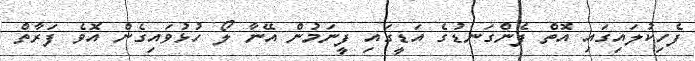
ފެހިކުލައިގައި އޮތް ފެންގަނޑުގެ އަޑީގައި ފީނަމުން އޭނާ ލޯ ހުޅުވައިގެން އޮވެ ފަރާތް